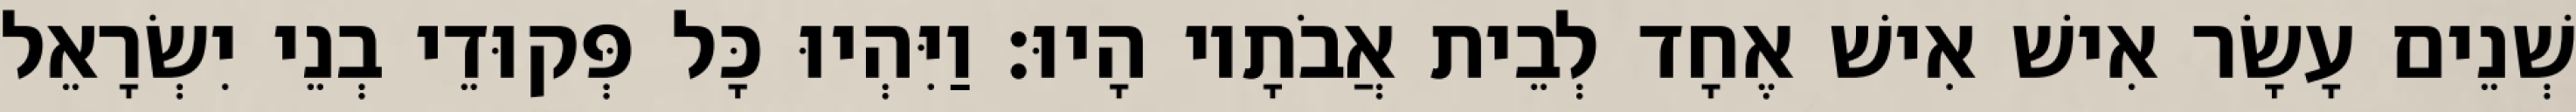
שְׁנֵים עָשָׂר אִישׁ אִישׁ אֶחָד לְבֵית אֲבֹתָיו הָיוּ׃ וַיִּהְיוּ כָּל פְּקוּדֵי בְנֵי יִשְׂרָאֵל